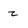
Character: z